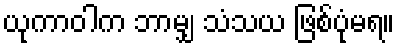
ယုကာဝါက ဘာမျှ သံသယ ဖြစ်ပုံမရ။